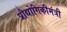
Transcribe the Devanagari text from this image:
प्रौद्योगिकीमंत्री